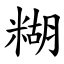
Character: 糊